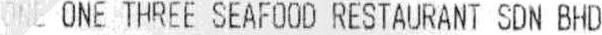
ONE ONE THREE SEAFOOD RESTAURANT SDN BHD